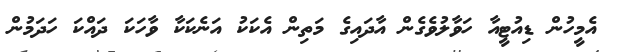
އެމީހުން ޑިއުޓީއާ ހަވާލުވެގެން އާދައިގެ މަތިން އެކަކު އަނެކަކާ ވާހަކަ ދައްކަ ހަދަމުން